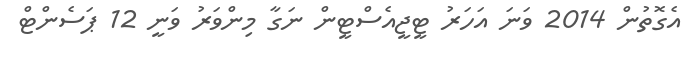
އެގޮތުން 2014 ވަނަ އަހަރު ޓީޖީއެސްޓީން ނަގާ މިންވަރު ވަނީ 12 ޕަސެންޓް